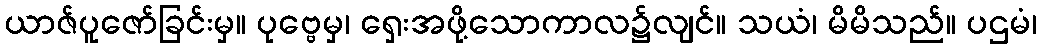
ယာဇ်ပူဇော်ခြင်းမှ။ ပုဗ္ဗေမှ၊ ရှေးအဖို့သောကာလ၌လျင်။ သယံ၊ မိမိသည်။ ပဌမံ၊